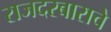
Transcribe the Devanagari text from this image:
राजदरबाराचे